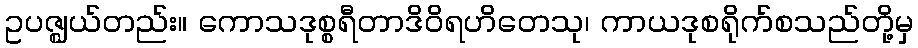
ဥပဇ္ဈယ်တည်း။ ကောသဒုစ္စရီတာဒိဝိရဟိတေသု၊ ကာယဒုစရိုက်စသည်တို့မှ